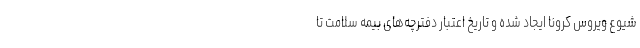
شیوع ویروس کرونا ایجاد شده و تاریخ اعتبار دفترچه‌های بیمه سلامت تا